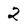
Character: 2